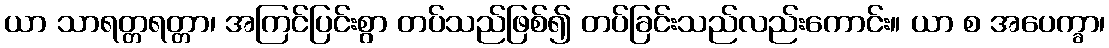
ယာ သာရတ္တရတ္တာ၊ အကြင်ပြင်းစွာ တပ်သည်ဖြစ်၍ တပ်ခြင်းသည်လည်းကောင်း။ ယာ စ အပေက္ခာ၊